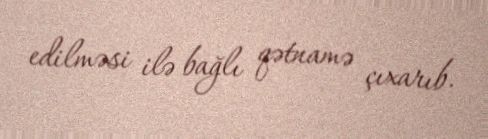
edilməsi ilə bağlı qətnamə çıxarıb.